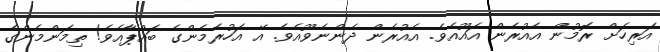
އަރިހަށް ރޮމުން އެއުރެން އައޫއެވެ. އެއުރެން ދެންނެވޫއެވެ. އޭ އަހުރެމެންގެ ބައްޕާއެވެ! ތިމަންމެންގެ